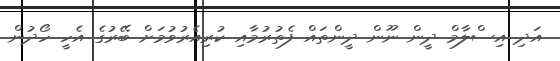
އަދި އިސްލާމް ދީން ނޫން ދީންތައް ފެތުރުމާއި ކުރިއެރުވުމަށް ބޭރުގެ އެހީ ހޯދުން